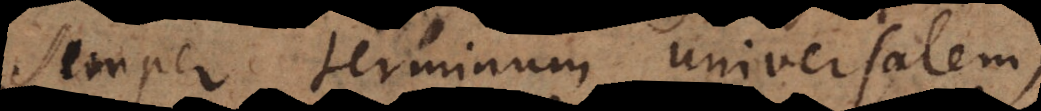
semper terminum universalem,